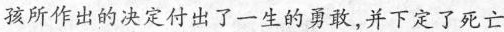
孩所作出的决定付出了一生的勇敢，并下定了死亡